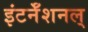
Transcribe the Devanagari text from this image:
इंटर्नॅशनल्